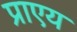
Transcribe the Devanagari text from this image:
प्राएय